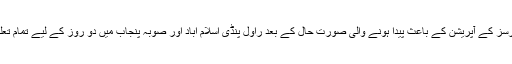
دھرنے کے خلاف سکیورٹی فورسز کے آپریشن کے باعث پیدا ہونے والی صورتِ حال کے بعد راول پنڈی اسلام آباد اور صوبہ پنجاب میں دو روز کے لیے تمام تعلیمی ادارے بند کردیے گئے ہیں۔